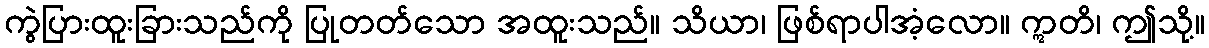
ကွဲပြားထူးခြားသည်ကို ပြုတတ်သော အထူးသည်။ သိယာ၊ ဖြစ်ရာပါအံ့လော။ ဣတိ၊ ဤသို့။